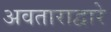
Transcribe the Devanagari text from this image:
अवताराद्वारे